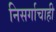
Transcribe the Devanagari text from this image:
निसर्गाचाही